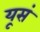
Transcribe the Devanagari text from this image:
यूसं